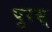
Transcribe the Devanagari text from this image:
पुरस्